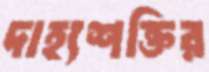
দাহ্যশক্তির